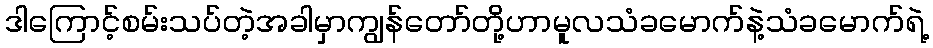
ဒါကြောင့်စမ်းသပ်တဲ့အခါမှာကျွန်တော်တို့ဟာမူလသံခမောက်နဲ့သံခမောက်ရဲ့